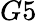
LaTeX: G5